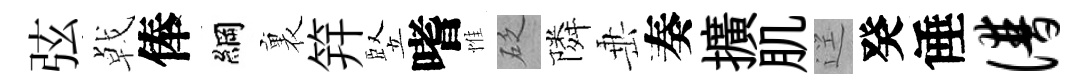
弦㦸俸綱裏笄竪嗜惟砭隣𡸁奏擴肌逕癸倕谱